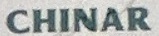
CHINAR